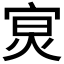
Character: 𡨶